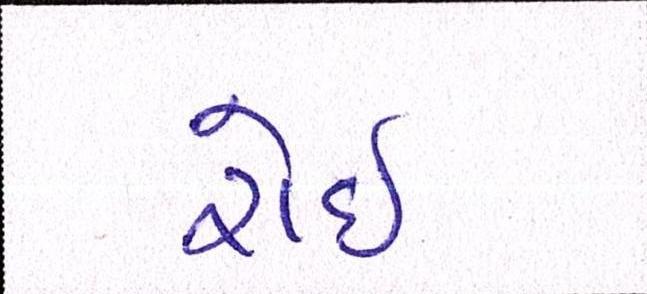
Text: રોઇ